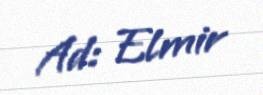
Ad: Elmir